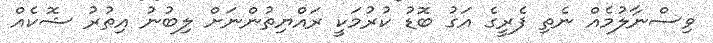
ވިސްނާލުމެއް ނެތި ފެރީގެ އަގު ބޮޑު ކުރުމަކީ ރައްޔިތުންނަށް ލިބުނު އިތުރު ޝޮކެއް